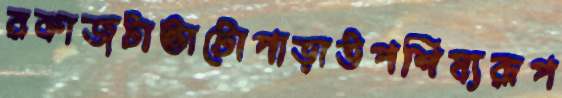
রকাজটাভাটোপাড়াউপশিষ্যরূপ